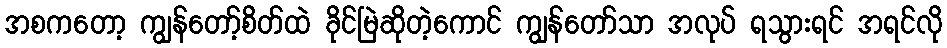
အစကတော့ ကျွန်တော့်စိတ်ထဲ ခိုင်မြဲဆိုတဲ့ကောင် ကျွန်တော်သာ အလုပ် ရသွားရင် အရင်လို